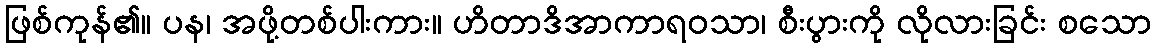
ဖြစ်ကုန်၏။ ပန၊ အဖို့တစ်ပါးကား။ ဟိတာဒိအာကာရဝသာ၊ စီးပွားကို လိုလားခြင်း စသော